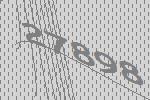
27898